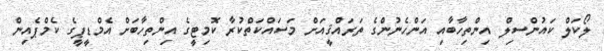
ލޯކަލް ކައުންސިލް އިންތިހާބާއި އަންހެނުންގެ ތަރައްޤީއަށް މަސައްކަތްކުރާ ކޮމިޓީގެ އިންތިހާބަށް އެމްޑީޕީގެ ކެމްޕެއިން